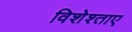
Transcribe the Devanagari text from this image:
विशेश्ताए